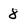
Character: 8